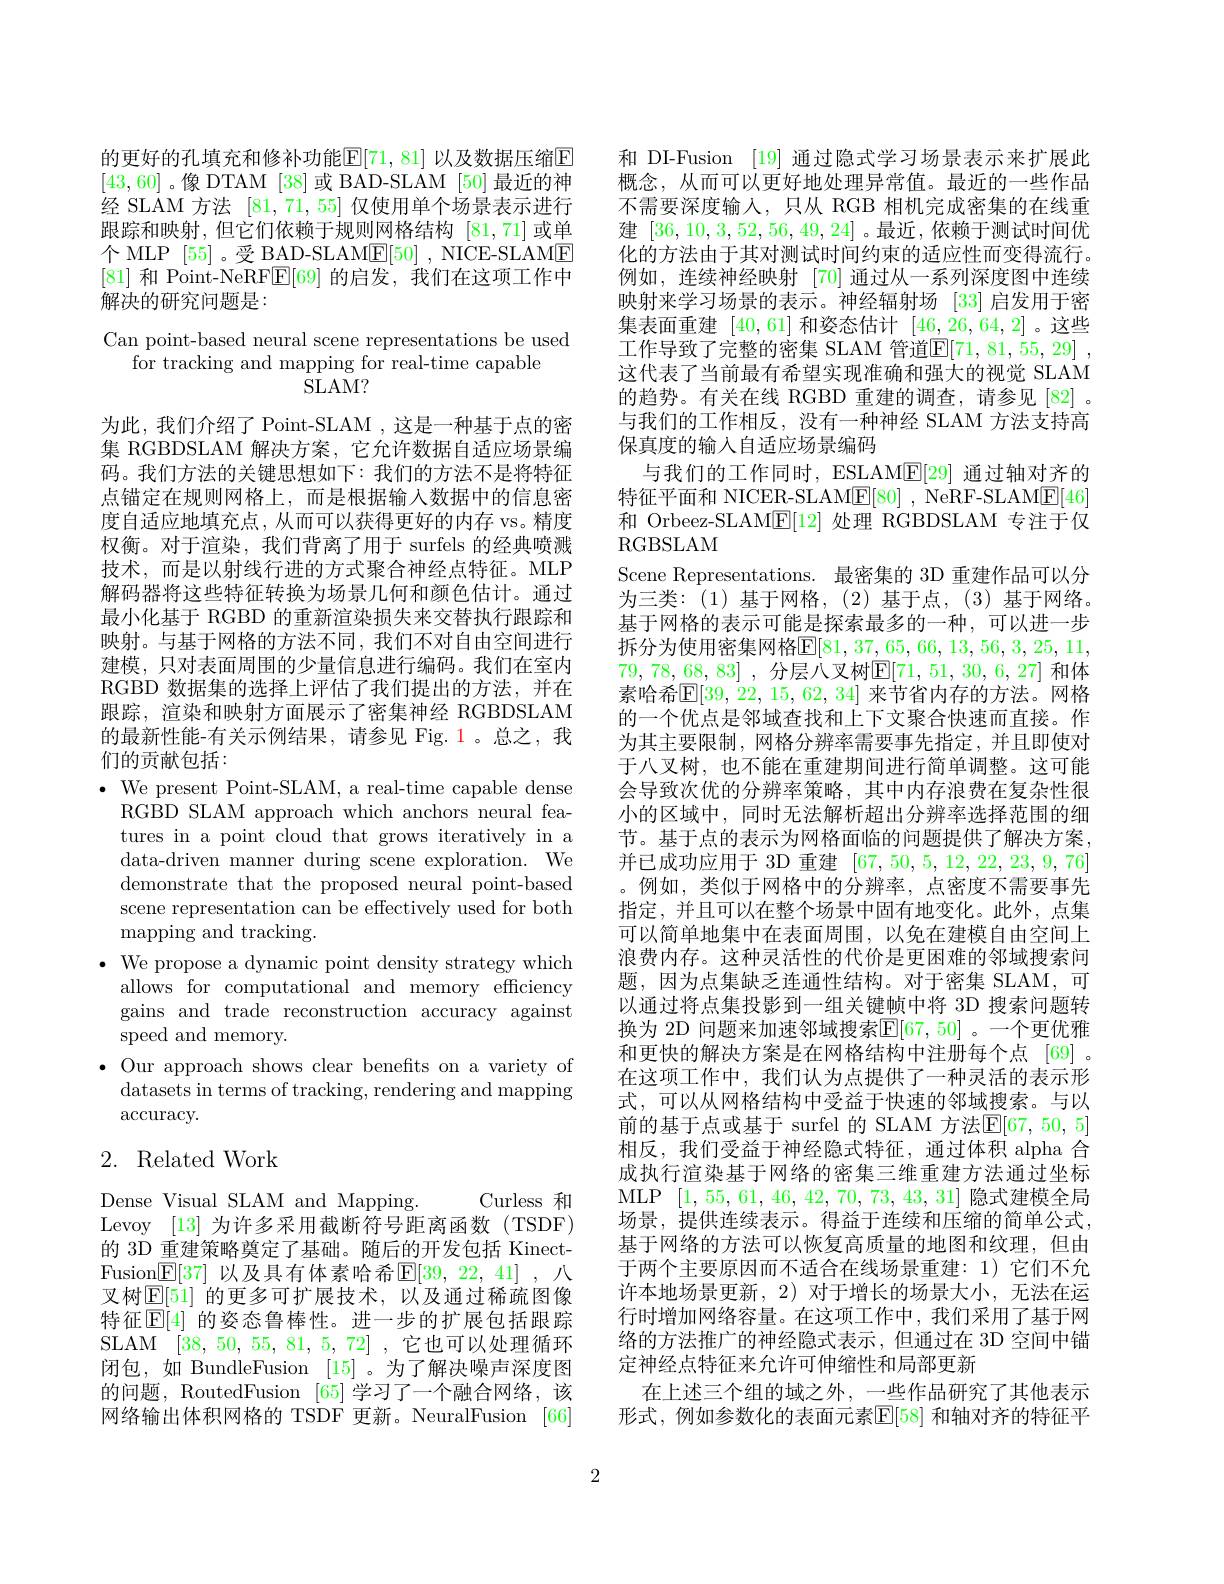
的更好的孔填充和修补功能$\mathbb{E}[71,81]$ 以及数据压缩$\mathbb{E}$ [43,60] 。像 DTAM [38]或 BAD-SLAM [50] 最近的神经 SLAM 方法[81,71,55]仅使用单个场景表示进行跟踪和映射，但它们依赖于规则网格结构[81,71]或单个 MLP [55] 。受 BAD-SLAM$\underline{\mathrm{E}}[50]$ , NICE-SLAME [81]和 Point-NeRF$\boxed{\mathrm{E}}[69]$的启发，我们在这项工作中解决的研究问题是：

Can point-based neural scene representations be used
for tracking and mapping for real-time capable
SLAM?

为此，我们介绍了 Point-SLAM ,这是一种基于点的密集 RGBDSLAM 解决方案，它允许数据自适应场景编码。我们方法的关键思想如下：我们的方法不是将特征点锚定在规则网格上，而是根据输入数据中的信息密度自适应地填充点，从而可以获得更好的内存 vs。精度权衡。对于渲染，我们背离了用于 surfels 的经典喷溅技术，而是以射线行进的方式聚合神经点特征。MLP 解码器将这些特征转换为场景几何和颜色估计。通过最小化基于 RGBD 的重新渲染损失来交替执行跟踪和映射。与基于网格的方法不同，我们不对自由空间进行建模，只对表面周围的少量信息进行编码。我们在室内RGBD 数据集的选择上评估了我们提出的方法，并在跟踪，渲染和映射方面展示了密集神经 RGBDSLAM 的最新性能-有关示例结果，请参见 Fig. 1。总之，我们的贡献包括：

$\bullet$ We present Point-SLAM, a real-time capable dense
RGBD SLAM approach which anchors neural features in a point cloud that grows iteratively in a data-driven manner during scene exploration. We demonstrate that the proposed neural point-based scene representation can be effectively used for both mapping and tracking.
$\bullet$ We propose a dynamic point density strategy which
allows for computational and memory efficiency gains and trade reconstruction accuracy against speed and memory.
$\bullet$ Our approach shows clear benefits on a variety of
datasets in terms of tracking, rendering and mapping
$\arccos$ccuracy.

## 2. Related Work

Curless 和
Dense Visual SLAM and Mapping.
Levoy [13]为许多采用截断符号距离函数(TSDF) 的 3D 重建策略奠定了基础。随后的开发包括 KinectFusion$\underline{\mathrm{E}}[37]$ 以及具有体素哈希$\underline{\mathrm{E}}[39,22,41]$ ,八叉树$\mathbb{E}[51]$ 的更多可扩展技术，以及通过稀疏图像特征$\mathbb{E}[4]$ 的姿态鲁棒性。进一步的扩展包括跟踪SLAM [38,50,55,81,5,72] ,它也可以处理循环闭包，如 BundleFusion [15] 。为了解决噪声深度图的问题，RoutedFusion [65]学习了一个融合网络，该网络输出体积网格的 TSDF 更新。NeuralFusion [66]

和 DI-Fusion [19] 通过隐式学习场景表示来扩展此概念，从而可以更好地处理异常值。最近的一些作品不需要深度输入，只从 RGB 相机完成密集的在线重建[36,10,3,52,56,49,24] 。最近，依赖于测试时间优化的方法由于其对测试时间约束的适应性而变得流行。例如，连续神经映射[70]通过从一系列深度图中连续映射来学习场景的表示。神经辐射场[33]启发用于密集表面重建[40,61]和姿态估计[46,26,64,2]。这些工作导致了完整的密集 SLAM 管道$\overline {\mathbb{E} }[ 71, 81, 55, 29]$ , 这代表了当前最有希望实现准确和强大的视觉 SLAM 的趋势。有关在线 RGBD 重建的调查，请参见 [82] 。与我们的工作相反，没有一种神经 SLAM 方法支持高保真度的输入自适应场景编码
与我们的工作同时，ESLAM$\underline{\mathrm{E}}[29]$通过轴对齐的特征平面和 NICER-SLAM$\underline {\mathrm{E} }[ 80]$ , NeRF-SLAME[46] 和 Orbeez-SLAM$\underline{\mathrm{E}}[12]$处理 RGBDSLAM 专注于仅RGBSLAM
Scene Representations. 最密集的 3D 重建作品可以分为三类：(1)基于网格，(2)基于点，(3)基于网络。基于网格的表示可能是探索最多的一种，可以进一步拆分为使用密集网格$\mathbb{E}[81,37,65,66,13,56,3,25,11$, 79, 78, 68, 83] , 分层八叉树$\mathbb{E} [ 71$, 51, 30, 6, 27] 和体素哈希$\mathbb{E}[39,22,15,62,34]$ 来节省内存的方法。网格的一个优点是邻域查找和上下文聚合快速而直接。作为其主要限制，网格分辨率需要事先指定，并且即使对于八叉树，也不能在重建期间进行简单调整。这可能会导致次优的分辨率策略，其中内存浪费在复杂性很小的区域中，同时无法解析超出分辨率选择范围的细节。基于点的表示为网格面临的问题提供了解决方案， 并已成功应用于 3D 重建[67,50,5,12,22,23,9,76] 。例如，类似于网格中的分辨率，点密度不需要事先指定，并且可以在整个场景中固有地变化。此外，点集可以简单地集中在表面周围，以免在建模自由空间上浪费内存。这种灵活性的代价是更困难的邻域搜索问题，因为点集缺乏连通性结构。对于密集 SLAM,可以通过将点集投影到一组关键帧中将 3D 搜索问题转换为 2D 问题来加速邻域搜索$\mathbb{E}[67,50]$ 。一个更优雅和更快的解决方案是在网格结构中注册每个点[69] 。在这项工作中，我们认为点提供了一种灵活的表示形式，可以从网格结构中受益于快速的邻域搜索。与以前的基于点或基于 surfel 的 SLAM 方法$\mathbb{E}[67,50,5]$ 相反，我们受益于神经隐式特征，通过体积 alpha 合成执行渲染基于网络的密集三维重建方法通过坐标MLP [1,55,61,46,42,70,73,43,31]隐式建模全局场景，提供连续表示。得益于连续和压缩的简单公式， 基于网络的方法可以恢复高质量的地图和纹理，但由于两个主要原因而不适合在线场景重建：1)它们不允许本地场景更新，2) 对于增长的场景大小，无法在运行时增加网络容量。在这项工作中，我们采用了基于网络的方法推广的神经隐式表示，但通过在 3D 空间中锚定神经点特征来允许可伸缩性和局部更新
在上述三个组的域之外，一些作品研究了其他表示形式，例如参数化的表面元素$\mathbb{E}[58]$ 和轴对齐的特征平

2